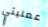
عمليتي